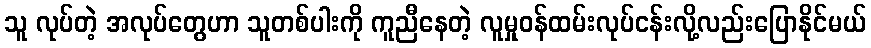
သူ လုပ်တဲ့ အလုပ်တွေဟာ သူတစ်ပါးကို ကူညီနေတဲ့ လူမှုဝန်ထမ်းလုပ်ငန်းလို့လည်းပြောနိုင်မယ်